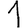
Digit: 1